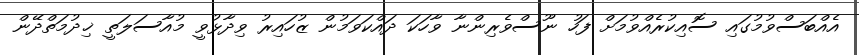
އެއްބަސްވުމުގައި ސޮއިކުރެއްވުމަށް ފަހު ނޫސްވެރިންނާ ވާހަކަ ދައްކަވަމުން ޒުހައިރު ވިދާޅުވީ މުއާސަލަތީ ޚިދުމަތްދޭން